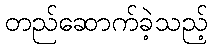
တည်ဆောက်ခဲ့သည့်